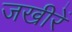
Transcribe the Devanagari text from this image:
जखीरें